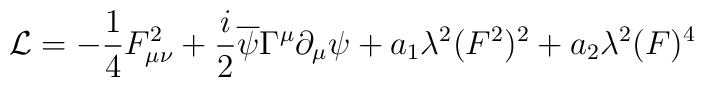
{\cal L}=-{1\over 4}F_{\mu\nu}^2 +{i\over 2}\overline{\psi}\Gamma^{\mu}\partial_{\mu}\psi +a_1 \lambda^2 (F^2)^2 +a_2\lambda^2 (F)^4